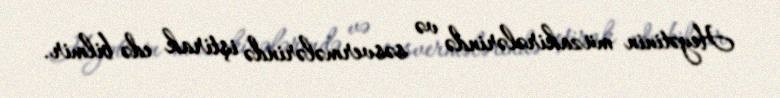
Heyətinin müzakirələrində və səsvermələrində iştirak edə bilmir.